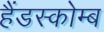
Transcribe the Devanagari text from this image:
हैंडस्कोम्ब